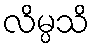
လိမ္ပသိ